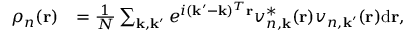
\begin{array} { r l } { \rho _ { n } ( \mathbf { r } ) } & { = \frac { 1 } { N } \sum _ { \mathbf { k } , \mathbf { k } ^ { \prime } } e ^ { i ( \mathbf { k } ^ { \prime } - \mathbf { k } ) ^ { T } \mathbf { r } } v _ { n , \mathbf { k } } ^ { * } ( \mathbf { r } ) v _ { n , \mathbf { k } ^ { \prime } } ( \mathbf { r } ) \mathrm { d } \mathbf { r } , } \end{array}